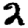
Digit: 2